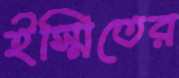
ইস্মিতের